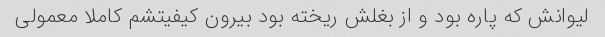
لیوانش که پاره بود و از بغلش ریخته بود بیرون کیفیتشم کاملا معمولی